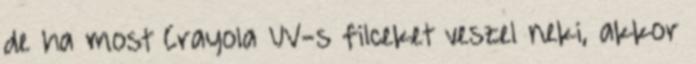
de ha most Crayola UV-s filceket veszel neki, akkor